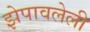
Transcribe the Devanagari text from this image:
झेपावलेली